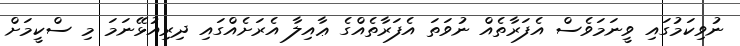
ނުވިކަމުގައި ވީނަމަވެސް އެފަރާތެއް ނުވަތަ އެފަރާތެއްގެ ޢާއިލާ އެރަށެއްގައި ދިރިއުޅޭނަމަ މި ސްކީމަށް